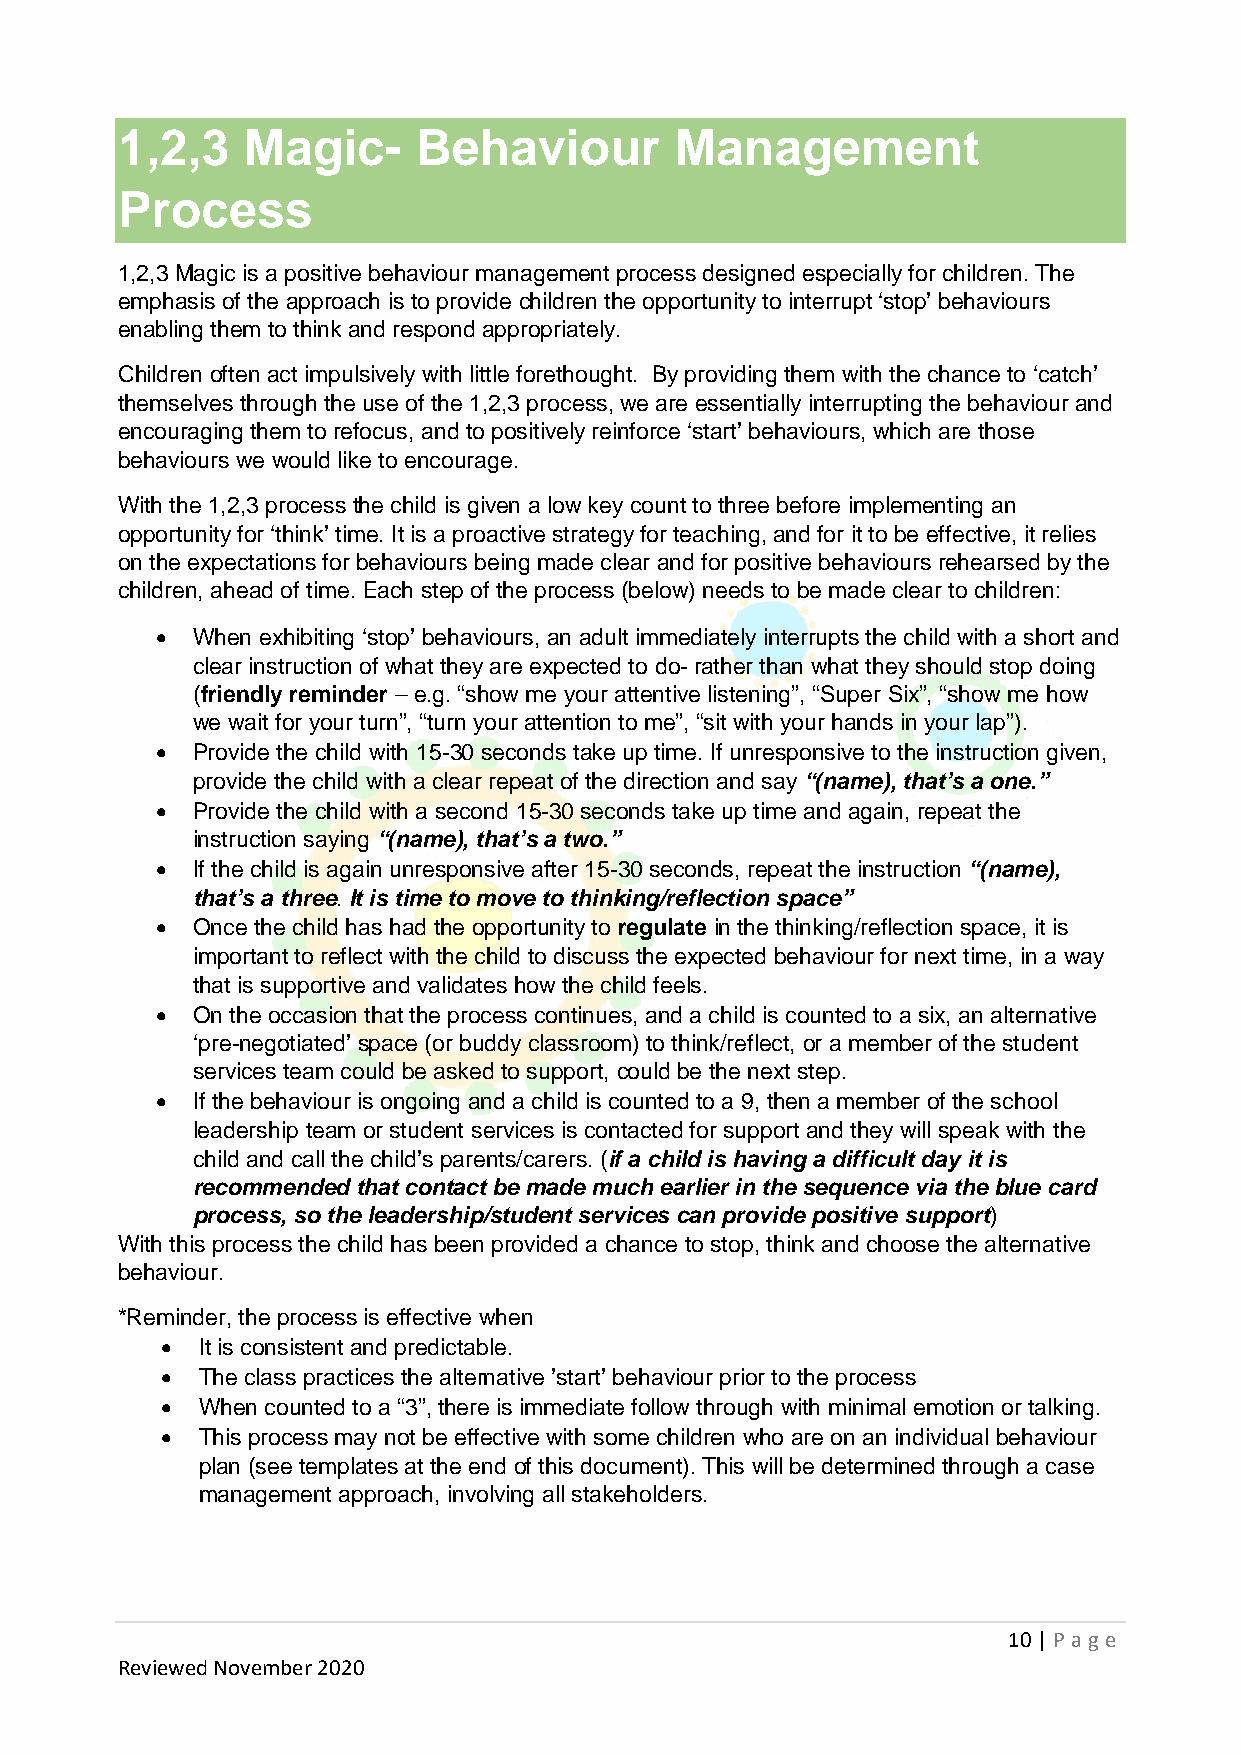
1,2,3   Magic-      Behaviour        Management
 Process
 1,2,3 Magic is a positive behaviour management process designed especially for children. The
 emphasis of the approach is to provide children the opportunity to interrupt ‘stop’ behaviours
 enabling them to think and respond appropriately.
 Children often act impulsively with little forethought. By providing them with the chance to ‘catch’
 themselves through the use of the 1,2,3 process, we are essentially interrupting the behaviour and
 encouraging them to refocus, and to positively reinforce ‘start’ behaviours, which are those
 behaviours we would like to encourage.
 With the 1,2,3 process the child is given a low key count to three before implementing an
 opportunity for ‘think’ time. It is a proactive strategy for teaching, and for it to be effective, it relies
 on the expectations for behaviours being made clear and for positive behaviours rehearsed by the
 children, ahead of time. Each step of the process (below) needs to be made clear to children:
 •  When exhibiting ‘stop’ behaviours, an adult immediately interrupts the child with a short and
 clear instruction of what they are expected to do- rather than what they should stop doing
 (friendly reminder – e.g. “show me your attentive listening”, “Super Six”, “show me how
 we wait for your turn”, “turn your attention to me”, “sit with your hands in your lap”).
 •  Provide the child with 15-30 seconds take up time. If unresponsive to the instruction given,
 provide the child with a clear repeat of the direction and say “(name), that’s a one.”
 •  Provide the child with a second 15-30 seconds take up time and again, repeat the
 instruction saying “(name), that’s a two.”
 •  If the child is again unresponsive after 15-30 seconds, repeat the instruction “(name),
 that’s a three. It is time to move to thinking/reflection space”
 •  Once the child has had the opportunity to regulate in the thinking/reflection space, it is
 important to reflect with the child to discuss the expected behaviour for next time, in a way
 that is supportive and validates how the child feels.
 •  On the occasion that the process continues, and a child is counted to a six, an alternative
 ‘pre-negotiated’ space (or buddy classroom) to think/reflect, or a member of the student
 services team could be asked to support, could be the next step.
 •  If the behaviour is ongoing and a child is counted to a 9, then a member of the school
 leadership team or student services is contacted for support and they will speak with the
 child and call the child’s parents/carers. (if a child is having a difficult day it is
 recommended that contact be made much earlier in the sequence via the blue card
 process, so the leadership/student services can provide positive support)
 With this process the child has been provided a chance to stop, think and choose the alternative
 behaviour.
 *Reminder, the process is effective when
 • It is consistent and predictable.
 • The class practices the alternative ’start’ behaviour prior to the process
 • When counted to a “3”, there is immediate follow through with minimal emotion or talking.
 • This process may not be effective with some children who are on an individual behaviour
 plan (see templates at the end of this document). This will be determined through a case
 management approach, involving all stakeholders.
 10 | P age
 Reviewed November 2020